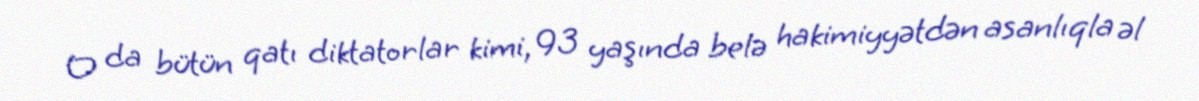
O da bütün qatı diktatorlar kimi, 93 yaşında belə hakimiyyətdən asanlıqla əl